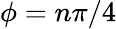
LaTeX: \phi=n\pi/4